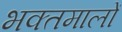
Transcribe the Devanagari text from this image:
भक्तमालों